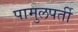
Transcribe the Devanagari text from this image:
पामुलपर्ती